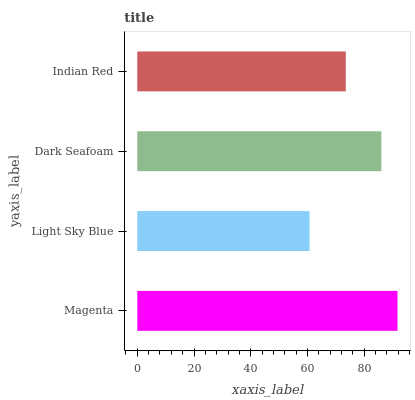
| yaxis_label | bars |
 | --- | --- |
 | Magenta | 91.7 |
 | Light Sky Blue | 60.7 |
 | Dark Seafoam | 86 |
 | Indian Red | 73.5 |